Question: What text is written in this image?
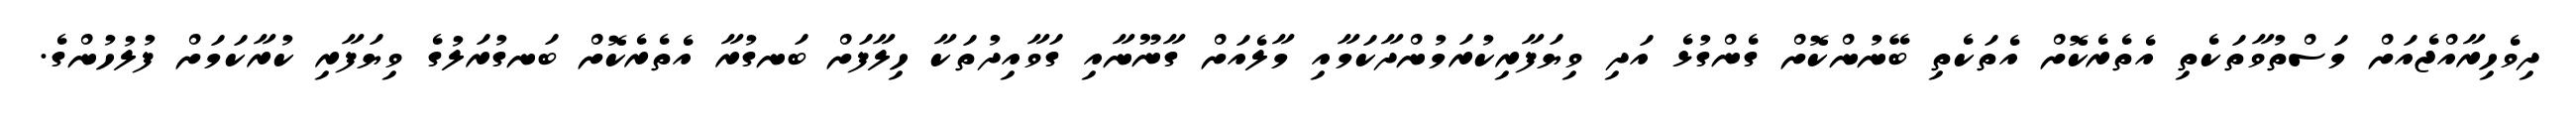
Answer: ދިވެހިރާއްޖެއަށް މަސްތުވާތަކެތި އެތެރެކޮށް އެތަކެތި ބޭނުންކޮށް ގެންގުޅެ އަދި ވިޔަފާރިކުރަމުންދާކަމާއި މާލެއަށް ގާނޫނާއި ގަވާއިދުތަކާ ހިލާފަށް ބަނގުރާ އެތެރެކޮށް ބަނގުރަލުގެ ވިޔަފާރި ކުރާކަމަށް ފުލުހުންގެ.